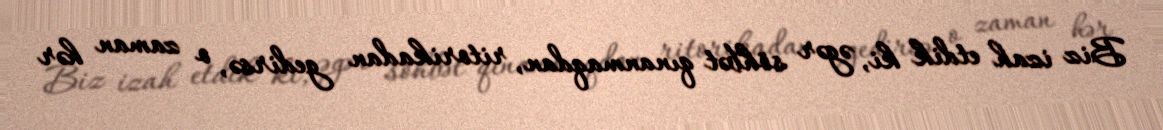
Biz izah etdik ki, əgər söhbət qınanmaqdan, ritorikadan gedirsə, o zaman hər